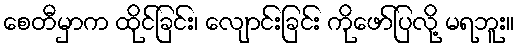
စေတီမှာက ထိုင်ခြင်း၊ လျောင်းခြင်း ကိုဖော်ပြလို့ မရဘူး။